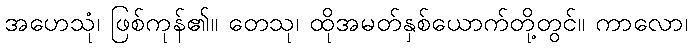
အဟေသုံ၊ ဖြစ်ကုန်၏။ တေသု၊ ထိုအမတ်နှစ်ယောက်တို့တွင်။ ကာလော၊